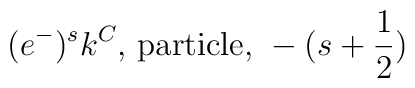
(e^-)^s k^C \mbox{, particle, } -(s+\frac{1}{2})